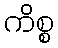
ကိစ္စ